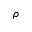
\rho